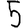
Digit: 5